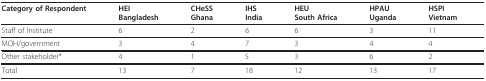
<table><thead><tr><td><b>Category of Respondent</b></td><td><b>HEIBangladesh</b></td><td><b>CHeSSGhana</b></td><td><b>IHSIndia</b></td><td><b>HEUSouth Africa</b></td><td><b>HPAUUganda</b></td><td><b>HSPIVietnam</b></td></tr></thead><tbody><tr><td>Staff of Institute</td><td>6</td><td>2</td><td>6</td><td>6</td><td>3</td><td>11</td></tr><tr><td>MOH/government</td><td>3</td><td>4</td><td>7</td><td>3</td><td>4</td><td>4</td></tr><tr><td>Other stakeholder*</td><td>4</td><td>1</td><td>5</td><td>3</td><td>6</td><td>2</td></tr><tr><td>Total</td><td>13</td><td>7</td><td>18</td><td>12</td><td>13</td><td>17</td></tr></tbody></table>